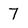
Character: 7